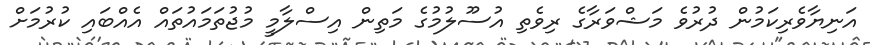
އަނިޔާވެރިކަމުން ދުރުވެ މަޝްވަރާގެ ރިވެެތި އުސޫލުމުގެ މަތިން އިސްލާމީ މުޖުތަމައުތައް އެއްބައި ކުރުމަށް